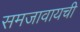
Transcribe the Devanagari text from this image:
समजावायची